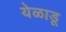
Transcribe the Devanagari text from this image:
येळाडू